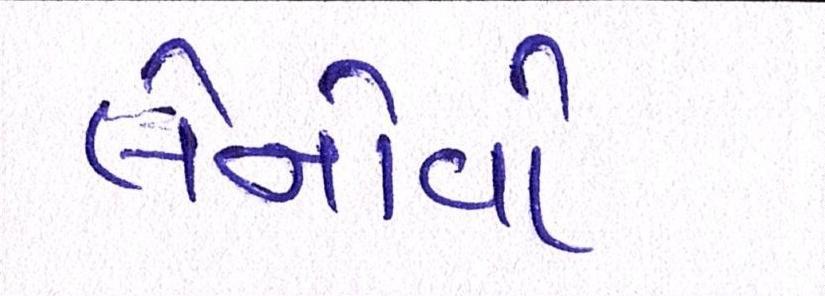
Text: લેનોવો